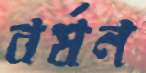
বর্ষন